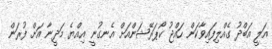
އަލީ އަބްދު ގެއްލިފައިވާކަން ހައްޖު ކޯޕަރޭޝަންއަށް އެނގުނީ އިއްޔެ މަދީނާ އަށް ފުރަން